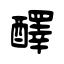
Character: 醳